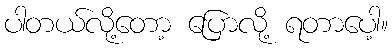
ပါတယ်လို့တော့ ပြောလို့ ရတာပေါ့။